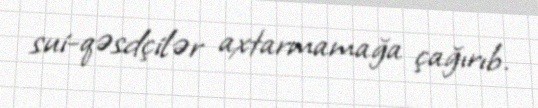
sui-qəsdçilər axtarmamağa çağırıb.